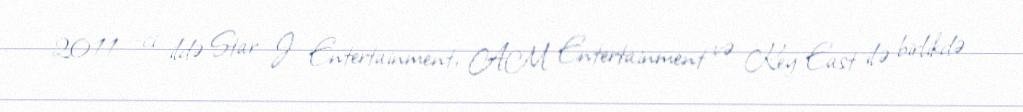
2011 -ci ildə Star J Entertainment, AM Entertainment və Key East ilə birlikdə